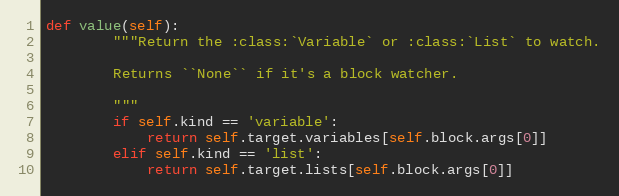
Language: Python
def value(self):
        """Return the :class:`Variable` or :class:`List` to watch.

        Returns ``None`` if it's a block watcher.

        """
        if self.kind == 'variable':
            return self.target.variables[self.block.args[0]]
        elif self.kind == 'list':
            return self.target.lists[self.block.args[0]]